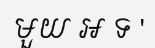
មួយ អ ទ '